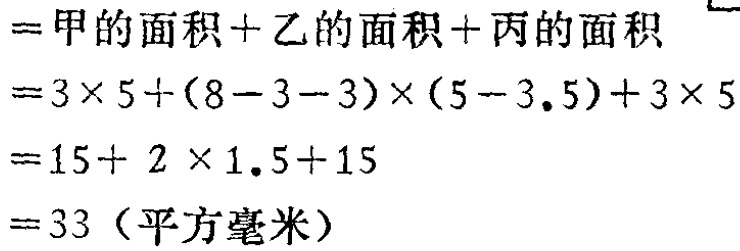
\[

\begin{align*}

& = \text{甲的面积}+\text{乙的面积}+\text{丙的面积}\\

& = 3\times5+(8 - 3 - 3)\times(5 - 3.5)+3\times5\\

& = 15+ 2\times1.5+15\\

& = 33（\text{平方毫米}）

\end{align*}

\]